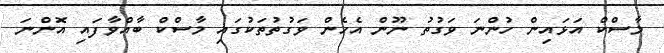
މާސްކް އަޅައިން ހުންނަ ވަގުތު ނޫން އެހެން ވަގުތުތަކުގައި މާސްކް ބާއްވާފައި އޮންނަ